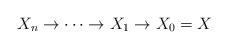
LaTeX: \begin{align*}X_n\to\cdots\to X_1\to X_0=X\end{align*}